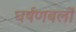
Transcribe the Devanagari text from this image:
घर्षणबलों